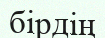
бірдің